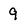
Character: 9